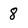
Character: 8